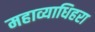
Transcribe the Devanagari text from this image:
महाव्याधिहरा